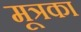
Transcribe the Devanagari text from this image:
मूत्रका